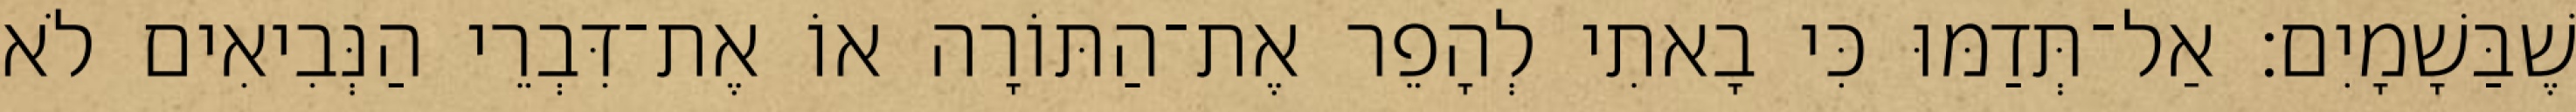
שֶׁבַּשָׁמָיִם׃ אַל־תְּדַמּוּ כִּי בָאתִי לְהָפֵר אֶת־הַתּוֹרָה אוֹ אֶת־דִּבְרֵי הַנְּבִיאִים לֹא